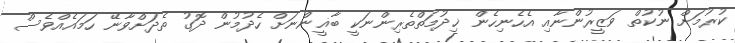
ކުރުމަށް ނުކުތް ވަޒީރުންނާއި އެހެނިހެން ޚިދުމަތްތެރިންނަކީ ބާޣީންނަށް ހެދުމުން ދޮގު ތެދަށްވާނޭ ހަމައެއްވެސް